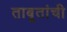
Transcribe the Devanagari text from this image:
ताबूतांची